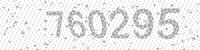
Solution: 760295